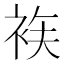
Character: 𲀫